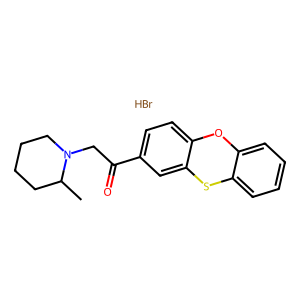
SMILES: Br.CC1CCCCN1CC(=O)c1ccc2c(c1)Sc1ccccc1O2
Inhibits HIV replication: No